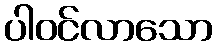
ပါဝင်လာသော